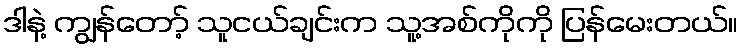
ဒါနဲ့ ကျွန်တော့် သူငယ်ချင်းက သူ့အစ်ကိုကို ပြန်မေးတယ်။